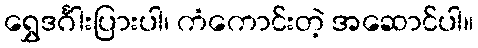
ရွှေဒင်္ဂါးပြားပါ၊ ကံကောင်းတဲ့ အဆောင်ပါ။